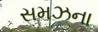
સમઝના